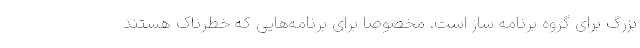
بزرگ برای گروه برنامه ساز است. مخصوصا برای برنامه‌هایی که خطرناک هستند